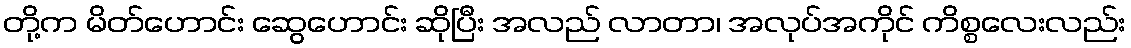
တို့က မိတ်ဟောင်း ဆွေဟောင်း ဆိုပြီး အလည် လာတာ၊ အလုပ်အကိုင် ကိစ္စလေးလည်း